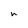
Character: n